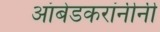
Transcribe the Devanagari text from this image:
आंबेडकरांनीनी